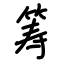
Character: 筹